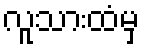
လူသားထံမှ